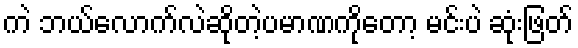
ကဲ ဘယ်လောက်လဲဆိုတဲ့ပမာဏကိုတော့ မင်းပဲ ဆုံးဖြတ်